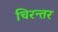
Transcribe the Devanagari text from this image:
चिरन्तर